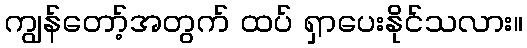
ကျွန်တော့်အတွက် ထပ် ရှာပေးနိုင်သလား။